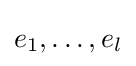
e_{1},\ldots ,e_{l}